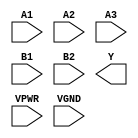
module sky130_fd_sc_hs__o32ai (
    //# {{data|Data Signals}}
    input  A1  ,
    input  A2  ,
    input  A3  ,
    input  B1  ,
    input  B2  ,
    output Y   ,

    //# {{power|Power}}
    input  VPWR,
    input  VGND
);
endmodule